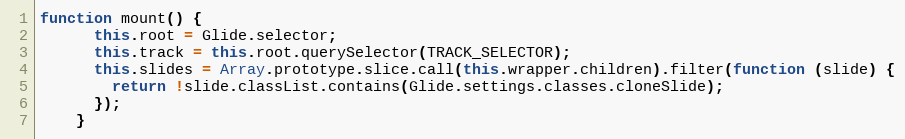
Language: JavaScript
function mount() {
      this.root = Glide.selector;
      this.track = this.root.querySelector(TRACK_SELECTOR);
      this.slides = Array.prototype.slice.call(this.wrapper.children).filter(function (slide) {
        return !slide.classList.contains(Glide.settings.classes.cloneSlide);
      });
    }